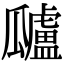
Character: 𤬜